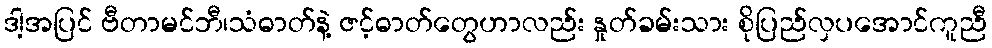
ဒါ့အပြင် ဗီတာမင်ဘီ၊သံဓာတ်နဲ့ ဇင့်ဓာတ်တွေဟာလည်း နှုတ်ခမ်းသား စိုပြည်လှပအောင်ကူညီ